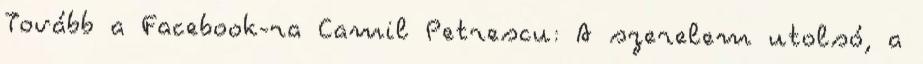
Tovább a Facebook-ra Camil Petrescu: A szerelem utolsó, a